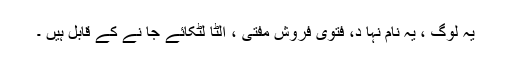
یہ لوگ ، یہ نام نہا د، فتوی فروش مفتی ، الٹا لٹکائے جا نے کے قابل ہیں ۔